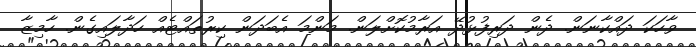
ވާހަކަ ދައްކާނަން. ދެން ދަރިފުޅުދޭ އަރާމުކޮށްލަން. މަންމަ އެބަދަން ކިރުތައްޓެއް ހަދާލައިގެން. ހާމިޒާ